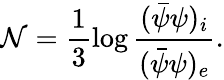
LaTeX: \mathcal{N}=\frac{{1}}{{3}}\log\frac{{(\bar{{\psi}}{\psi})_{i}}}{{(\bar{{\psi}}{\psi})_{e}}}.